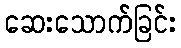
ဆေးသောက်ခြင်း